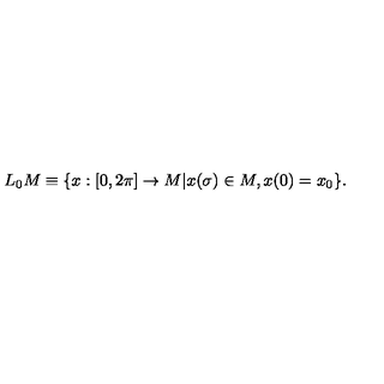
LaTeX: L _ { 0 } M \equiv \{ x : [ 0 , 2 \pi ] \rightarrow M | x ( \sigma ) \in M , x ( 0 ) = x _ { 0 } \} .